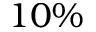
1 0 \%